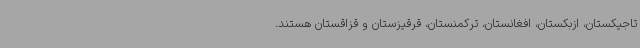
تاجیکستان، ازبکستان، افغانستان، ترکمنستان، قرقیزستان و قزاقستان هستند.